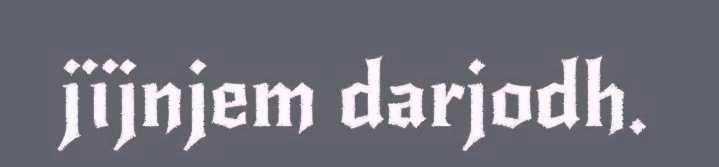
jïjnjem darjodh.